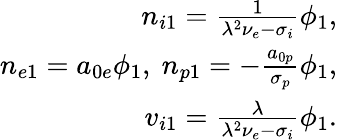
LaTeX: \begin{array}{r}{n_{i1}=\frac{1}{\lambda^{2}\nu_{e}-\sigma_{i}}\phi_{1},}\\ {n_{e1}=a_{0e}\phi_{1},~n_{p1}=-\frac{a_{0p}}{\sigma_{p}}\phi_{1},}\\ {v_{i1}=\frac{\lambda}{\lambda^{2}\nu_{e}-\sigma_{i}}\phi_{1}.}\end{array}